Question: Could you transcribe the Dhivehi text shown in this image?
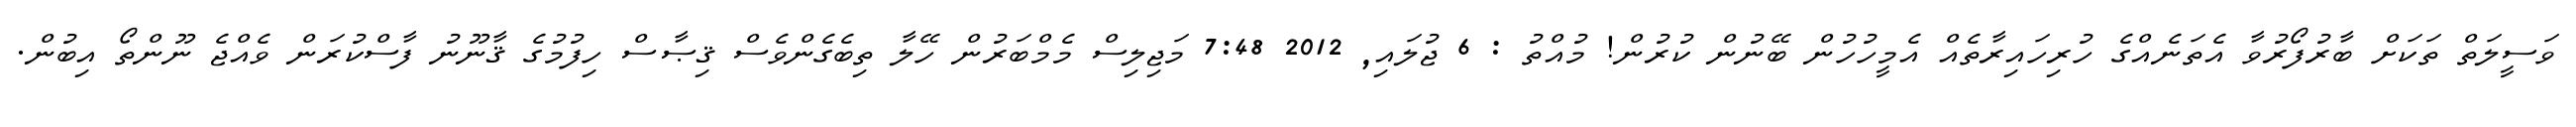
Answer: ވަސީލަތް ތަކަށް ބާރުފޯރުވާ އެތަނެއްގެ ހުރިހައިރާތެއް އެމީހުހުން ބޭނުން ކުރުން! މުއްތު : 6 ޖުލައި, 2012 7:48 މަޖިލިސް މެމްބަރުން ހޭލާ ތިބެގެންވެސް ޤިޞާސް ހިފުމުގެ ޤާނޫނު ފާސްކުރަން ވެއްޖެ ނޫންތޯ އިބުން.